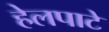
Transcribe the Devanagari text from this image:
हेलपाटे